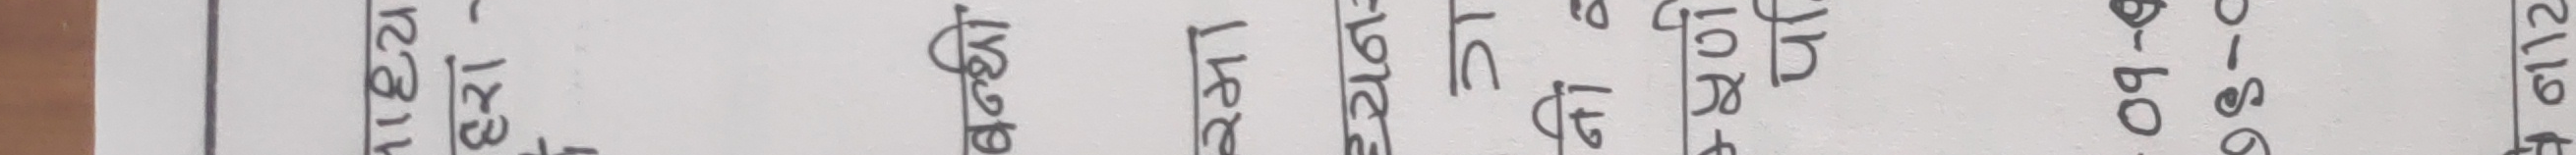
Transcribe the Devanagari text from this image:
लेखा |